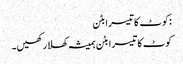
:کوٹ کا تیسرا بٹن
کوٹ کا تیسرا بٹن ہمیشہ کھلا رکھیں۔